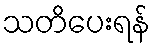
သတိပေးရန်